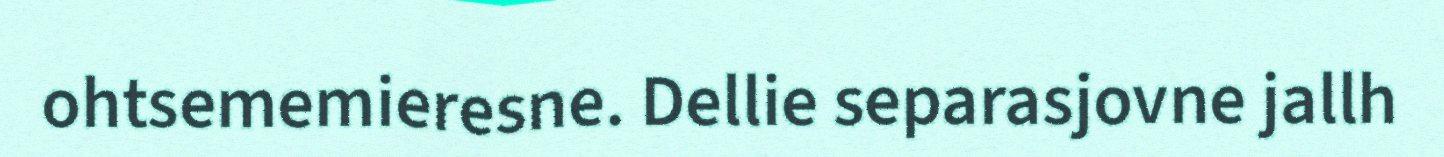
ohtsememieresne. Dellie separasjovne jallh